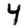
Digit: 4